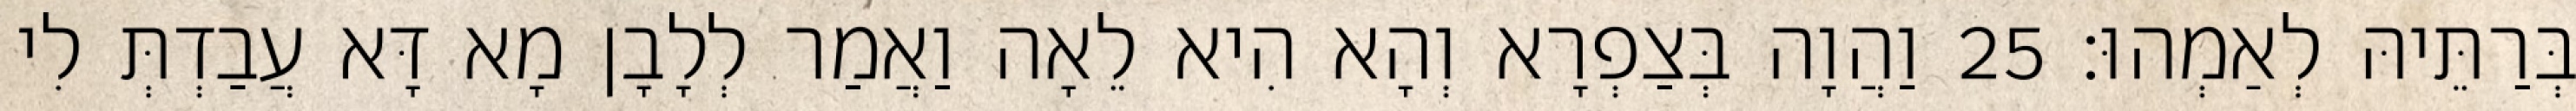
בְּרַתֵּיהּ לְאַמְהוּ׃ 25 וַהֲוָה בְּצַפְרָא וְהָא הִיא לֵאָה וַאֲמַר לְלָבָן מָא דָּא עֲבַדְתְּ לִי